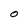
Character: O